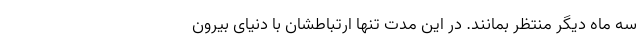
سه ماه دیگر منتظر بمانند. در این مدت تنها ارتباطشان با دنیای بیرون